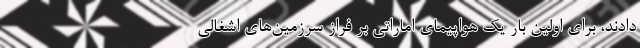
دادند، برای اولین بار یک هواپیمای اماراتی بر فراز سرزمین‌های اشغالی